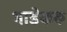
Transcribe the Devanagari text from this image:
भाडेकरु